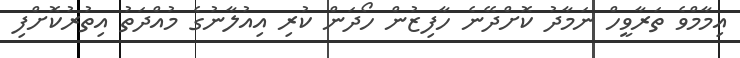
އިމާމްވެ ތަރާވީހް ނަމާދު ކޮށްދޭނެ ހާފިޒުން ހޯދަން ކުރި އިއުލާނުގެ މުއްދަތު އިތުރުކޮށްފި